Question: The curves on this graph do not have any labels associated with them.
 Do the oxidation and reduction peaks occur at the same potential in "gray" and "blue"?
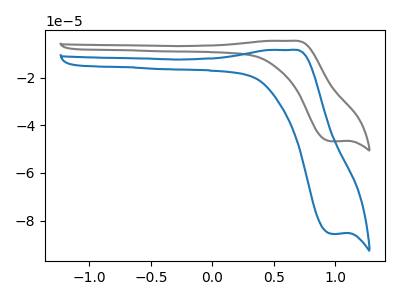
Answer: <think>The gray curve "gray" has an anodic peak at (0.65V, -4.60uA) and a cathodic peak at (1.00V, -46.75uA). The blue curve "blue" has an anodic peak at (0.65V, -8.45uA) and a cathodic peak at (1.00V, -85.55uA).</think>
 <answer>Yes, "gray" have a peak in "blue" at the same potential.</answer>
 <eval>match</eval>